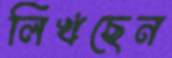
লিখছেন